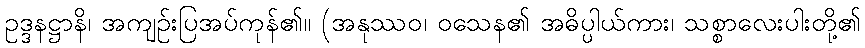
ဥဒ္ဒနဋ္ဌာနိ၊ အကျဉ်းပြအပ်ကုန်၏။ (အနုဿဝ၊ ဝသေန၏ အဓိပ္ပါယ်ကား၊ သစ္စာလေးပါးတို့၏